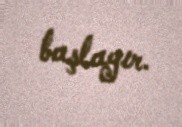
başlayır.